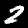
Digit: 2